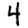
Digit: 4